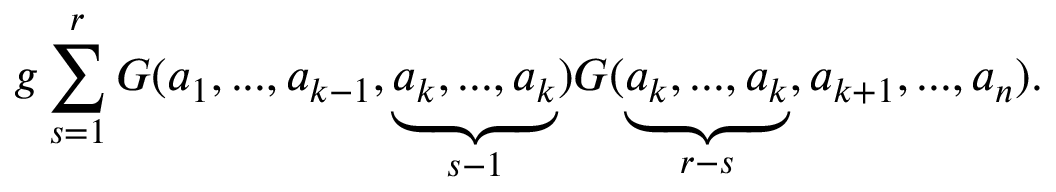
g \sum _ { s = 1 } ^ { r } { { \cal G } } ( a _ { 1 } , . . . , a _ { k - 1 } , \underbrace { a _ { k } , . . . , a _ { k } } _ { s - 1 } ) { { \cal G } } ( \underbrace { a _ { k } , . . . , a _ { k } } _ { r - s } , a _ { k + 1 } , . . . , a _ { n } ) .